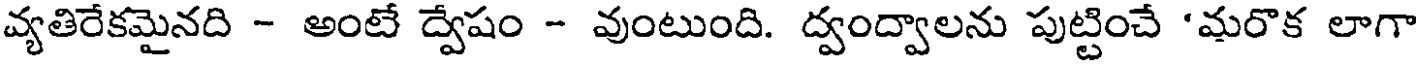
వ్యతిరేకమైనది - అంటే ద్వేషం - వుంటుంది. ద్వంద్వాలను పుట్టించే 'మరొక లాగా